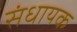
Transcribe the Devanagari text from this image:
संधायक